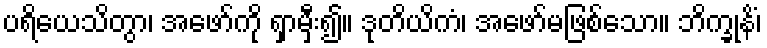
ပရိယေသိတွာ၊ အဖော်ကို ရှာမှီး၍။ ဒုတိယိကံ၊ အဖော်မဖြစ်သော။ ဘိက္ခုနိံ၊